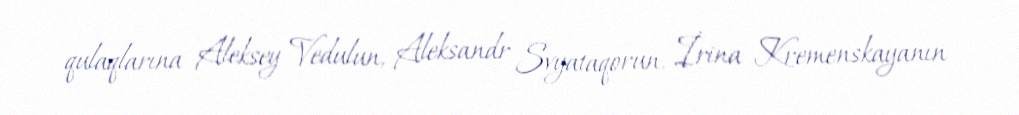
qulaqlarına Aleksey Vedulun, Aleksandr Svyataqorun, İrina Kremenskayanın